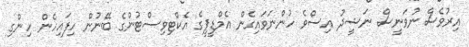
އިރުވެސް ނުވަނީސް ނަޝީދު އިސްވެ ހުންނަވައިގެން އެމްޑީޕީގެ އެކްޓިވިސްޓުންގެ ބޭނުން ހިފައިހެން ހިންގި